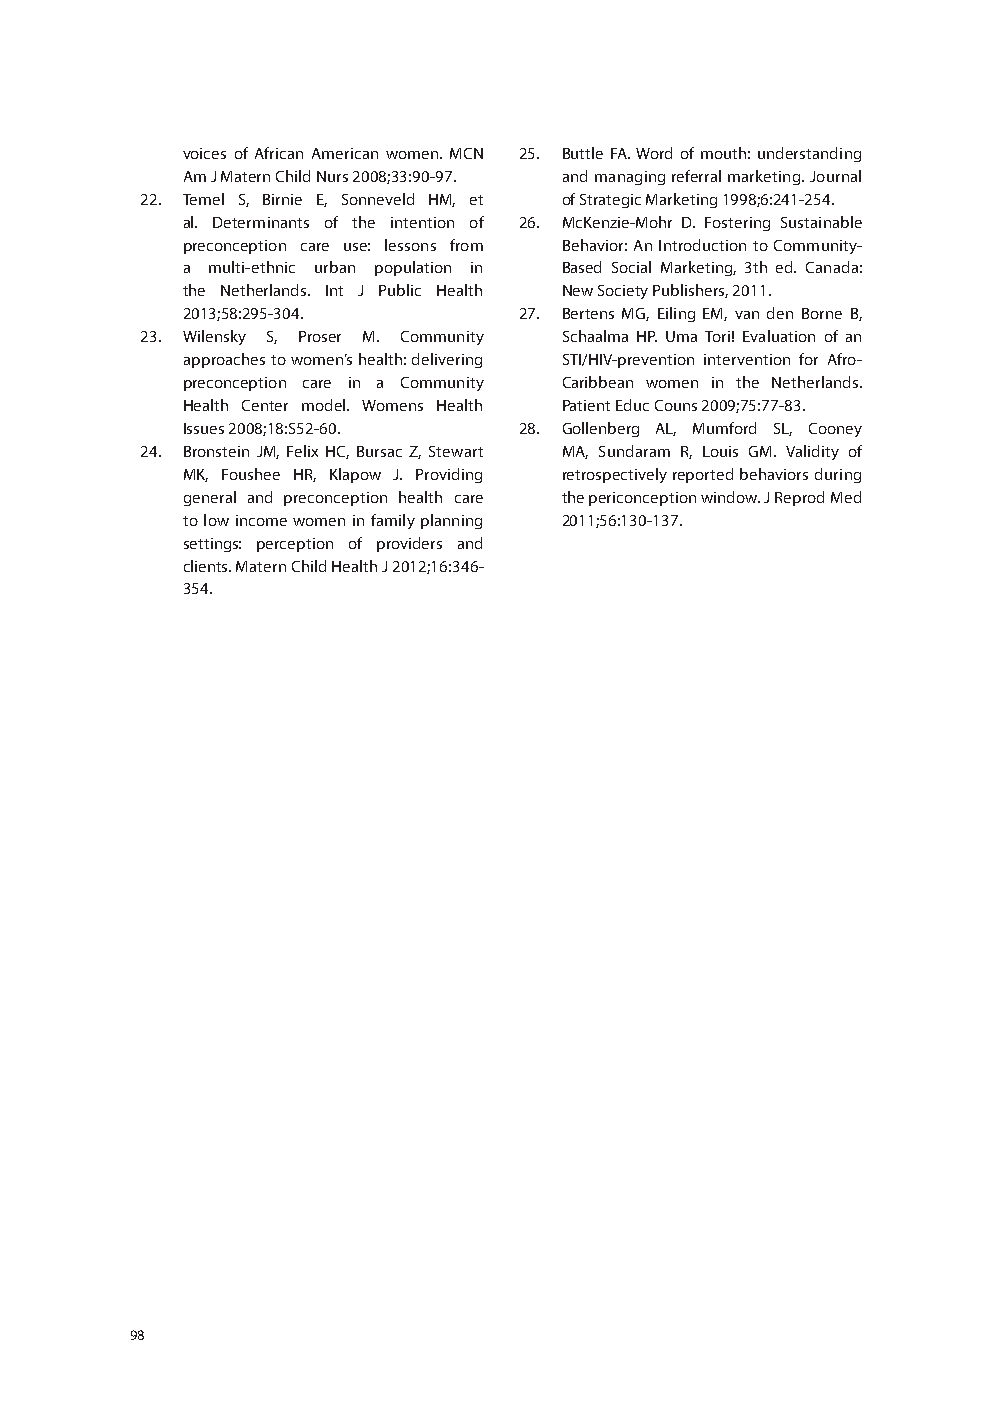
voices of African American women. MCN 25. Buttle FA. Word of mouth: understanding
 Am J Matern Child Nurs 2008;33:90-97. and managing referral marketing. Journal
 22. Temel S, Birnie E, Sonneveld HM, et of Strategic Marketing 1998;6:241-254.
 al. Determinants of the intention of 26. McKenzie-Mohr D. Fostering Sustainable
 preconception care use: lessons from Behavior: An Introduction to Community-
 a multi-ethnic urban population in Based Social Marketing, 3th ed. Canada:
 the Netherlands. Int J Public Health New Society Publishers, 2011.
 2013;58:295-304.      27. Bertens MG, Eiling EM, van den Borne B,
 23. Wilensky S, Proser M. Community Schaalma HP. Uma Tori! Evaluation of an
 approaches to women’s health: delivering STI/HIV-prevention intervention for Afro-
 preconception care in a Community Caribbean women in the Netherlands.
 Health Center model. Womens Health Patient Educ Couns 2009;75:77-83.
 Issues 2008;18:S52-60. 28. Gollenberg AL, Mumford SL, Cooney
 24. Bronstein JM, Felix HC, Bursac Z, Stewart MA, Sundaram R, Louis GM. Validity of
 MK, Foushee HR, Klapow J. Providing retrospectively reported behaviors during
 general and preconception health care the periconception window. J Reprod Med
 to low income women in family planning 2011;56:130-137.
 settings: perception of providers and
 clients. Matern Child Health J 2012;16:346-
 354.
 98